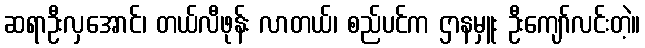
ဆရာဦးလှအောင်၊ တယ်လီဖုန်း လာတယ်၊ စည်ပင်က ဌာနမှူး ဦးကျော်လင်းတဲ့။